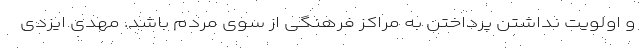
و اولویت نداشتن پرداختن به مراکز فرهنگی از سوی مردم باشد. مهدی ایزدی